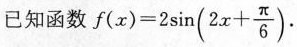
已知函数$$f ( x ) = 2 \sin ( 2 x + \frac { π } { 6 } )$$.